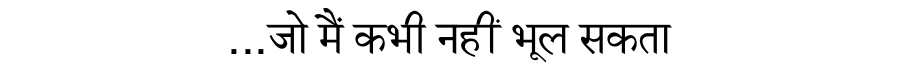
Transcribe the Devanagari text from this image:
...जो मैं कभी नहीं भूल सकता